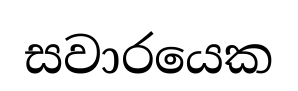
සවාරයෙක